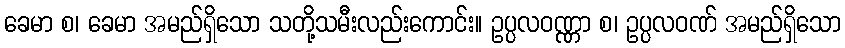
ခေမာ စ၊ ခေမာ အမည်ရှိသော သတို့သမီးလည်းကောင်း။ ဥပ္ပလဝဏ္ဏာ စ၊ ဥပ္ပလဝဏ် အမည်ရှိသော